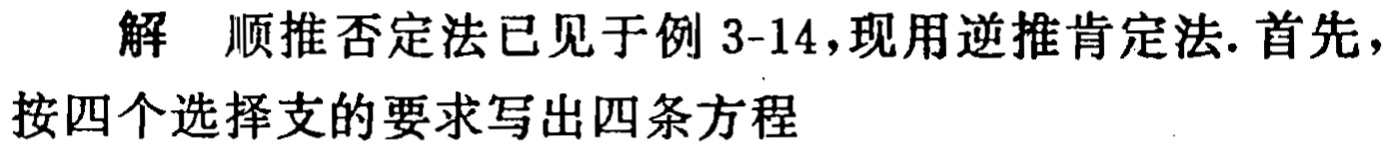
解 顺推否定法已见于例 3-14，现用逆推肯定法. 首先，
按四个选择支的要求写出四条方程